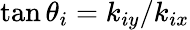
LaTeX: \tan\theta_{i}={k_{iy}}/{k_{ix}}